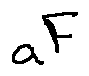
a F